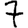
Digit: 7